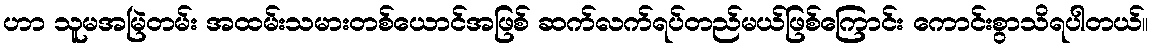
ဟာ သူမအမြဲတမ်း အထမ်းသမားတစ်ယောင်အဖြစ် ဆက်လက်ရပ်တည်မယ်ဖြစ်ကြောင်း ကောင်းစွာသိရပါတယ်။